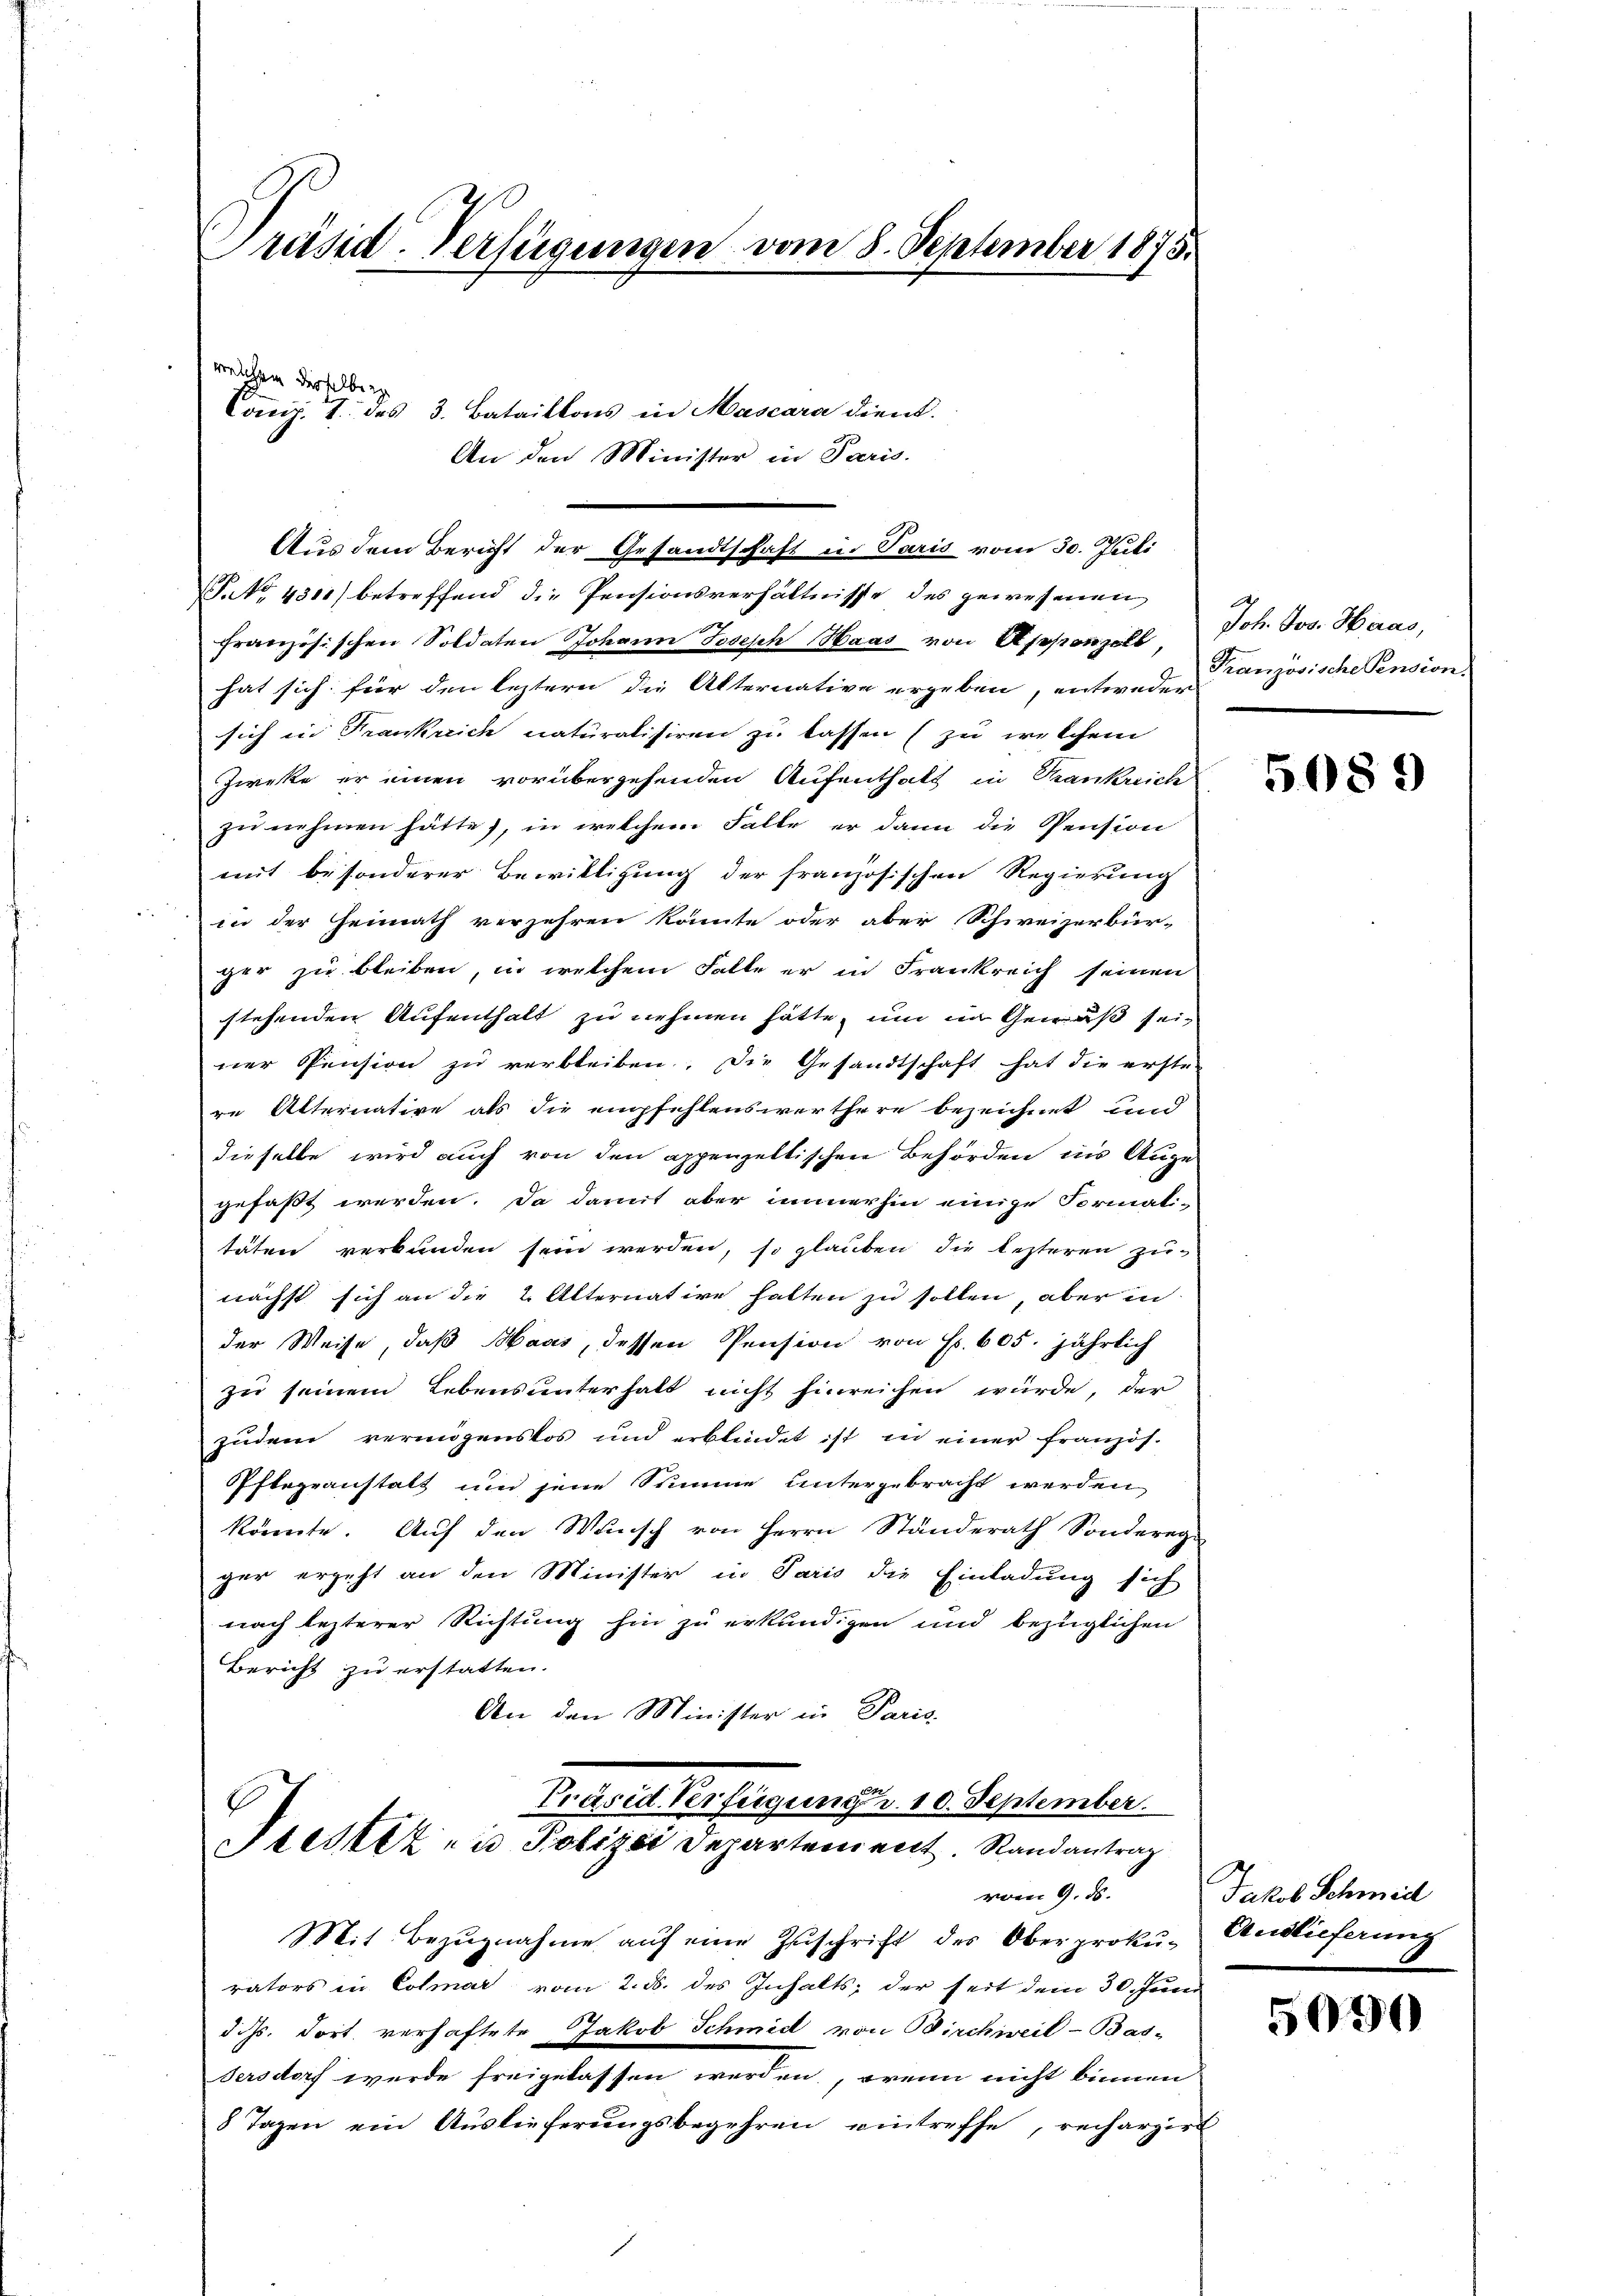
Präsid-Verfügungen vom 8. September 1875.

welichen derselben
des 3. Bataillons in Mascara dient.
Sonn
4.
An den Minister in Paris.

Aus dem Bericht der Gesandtschaft in Paris vom 30. Juli
No 4311) betreffend die Pensionsverhältnisse des gewesenen
französischen Soldaten Johann Joseph Haas von Appenzell,
hat sich für den leztern die Alternative ergeben, entweder
sich in Frankreich naturalisiren zu lassen (zu welchem
Zweke er einen vorübergehenden Aufenthalt in Krankreiche
zu nehmen hätte, in welchem Falle er dann die Pension
mit besonderer Bewilligung der französischen Regierung
in der Heimath verzehren könnte oder aber Schweizerbür-
ger zu bleiben, in welchem Falle er in Frankreich seinen
stehenden Aufenthalt zu nehmen hätte, um im Gewäß sein
ner Pension zu verbleiben. Die Gesandtschaft hat die erste-
re Alternative als die empfehlenswerthere bezeichnet und
dieselbe wird auch von den appenzeltischen Behörden in Auge
gefaßt werden. Da damit aber immerhin einige Formal-
täten verbunden sein werden, so glauben die lezteren zu-
nächst sich an die 2. Alternative halten zu sollen, aber in
der Weise, daß Maas, dessen Pension von Fr. 605. jährlich
zu seinem Lebensunterhalt nicht hinreichen würde, der
zudem vermögenslos und erblindet ist in einer französ.
Pflegeanstalt und jene Summe untergebracht werden
könnte. Aŭf den Wŭnsch von Herrn Standerath Sonderegi
ger ergeht an den Minister in Paris die Einladung sich
nach lezterer Richtung hin zu erkundigen und bezüglichen
Bericht zu erstatten.
An den Minister in Paris
Präsid. Verfügung d. 10. September.
Stester zu Polizei Departement Randantrag
vom 9. ds.
Mit Bezŭgnahme aŭf eine Zuschrift des Oberprokurators in Colmar vom 2. ds. des Inhalts, der seit dem 30. Juni
d. Js. dort verhaftete Jakob Schmid von Birchweil-Bas-
Sersdorf wurde freigelassen werden, wenn nicht binnend
8 Tagen ein Auslieferungsbegehren eintreffe, rechargirt

Joh. Jos. Heras,
Französische Pension.

5089

Jakob Schmidl
Auslieferung

5070